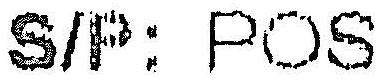
S/P: POS